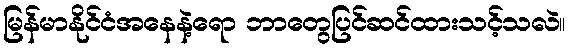
မြန်မာနိုင်ငံအနေနဲ့ရော ဘာတွေပြင်ဆင်ထားသင့်သလဲ။